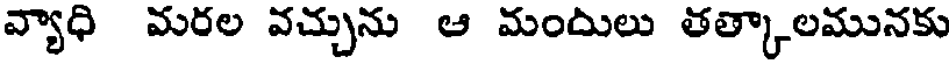
వ్యాధి మరల వచ్చును ఆ మందులు తత్కాలమునకు